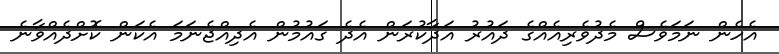
އެހެން ނަމަވެސް މެދުވެރިއެއްގެ ދައުރު އަދާކުރަން އެދެ ގައުމުން އެދިއްޖެނަމަ އެކަން ކޮށްދެއްވާނެ